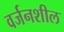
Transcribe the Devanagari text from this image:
वर्जनशील